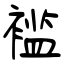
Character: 褴